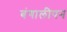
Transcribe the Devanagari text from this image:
बंगालीपन